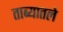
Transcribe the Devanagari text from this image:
ताब्यातले